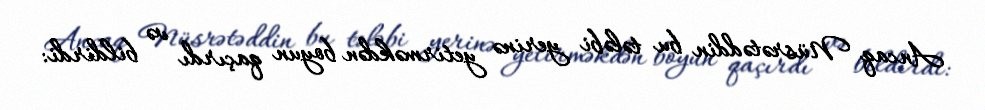
Ancaq Nüsrətəddin bu tələbi yerinə yetirməkdən boyun qaçırdı və bildirdi: